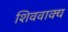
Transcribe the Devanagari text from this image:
शिववाक्य